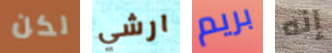
لكن ارشي بريم إنه